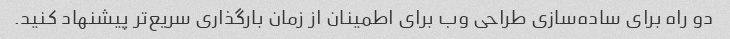
دو راه برای ساده‌سازی طراحی وب برای اطمینان از زمان بارگذاری سریع‌تر پیشنهاد کنید.